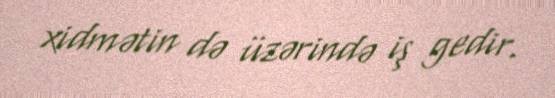
xidmətin də üzərində iş gedir.